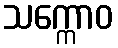
သက္ကောဝ